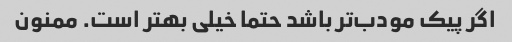
اگر پیک مودب‌تر باشد حتما خیلی بهتر است. ممنون